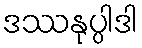
ဒဿနုပ္ပါဒါ